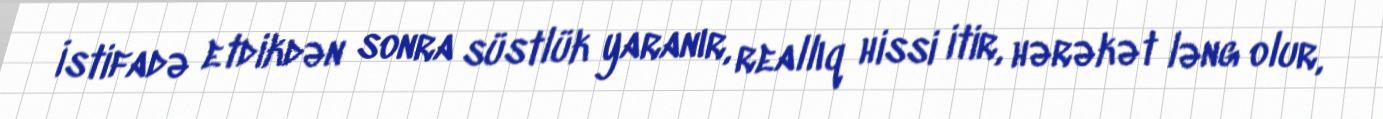
İstifadə etdikdən sonra süstlük yaranır, reallıq hissi itir, hərəkət ləng olur,